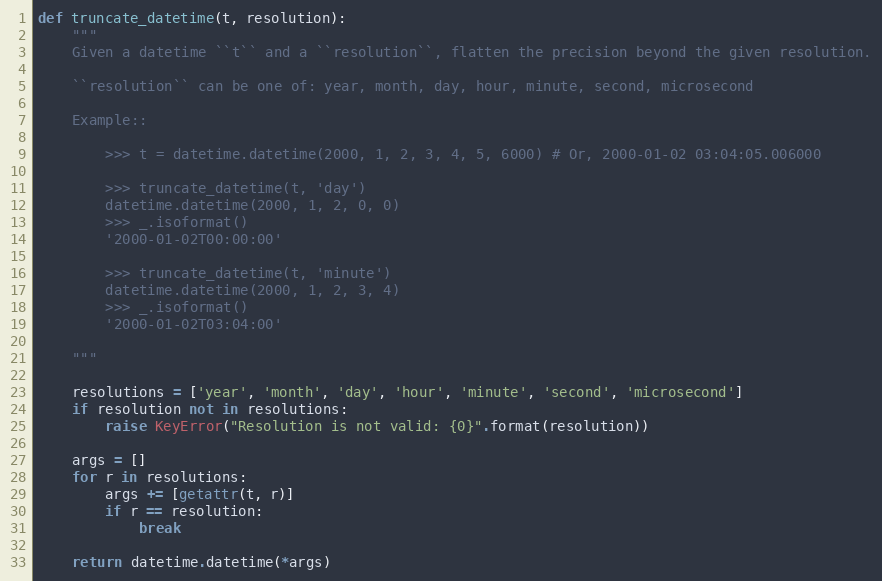
Language: Python
def truncate_datetime(t, resolution):
    """
    Given a datetime ``t`` and a ``resolution``, flatten the precision beyond the given resolution.

    ``resolution`` can be one of: year, month, day, hour, minute, second, microsecond

    Example::

        >>> t = datetime.datetime(2000, 1, 2, 3, 4, 5, 6000) # Or, 2000-01-02 03:04:05.006000

        >>> truncate_datetime(t, 'day')
        datetime.datetime(2000, 1, 2, 0, 0)
        >>> _.isoformat()
        '2000-01-02T00:00:00'

        >>> truncate_datetime(t, 'minute')
        datetime.datetime(2000, 1, 2, 3, 4)
        >>> _.isoformat()
        '2000-01-02T03:04:00'

    """

    resolutions = ['year', 'month', 'day', 'hour', 'minute', 'second', 'microsecond']
    if resolution not in resolutions:
        raise KeyError("Resolution is not valid: {0}".format(resolution))

    args = []
    for r in resolutions:
        args += [getattr(t, r)]
        if r == resolution:
            break

    return datetime.datetime(*args)